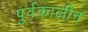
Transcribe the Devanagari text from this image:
पुर्वकालीन